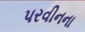
પરવીનના